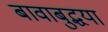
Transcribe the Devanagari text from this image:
बावाबुद्धया